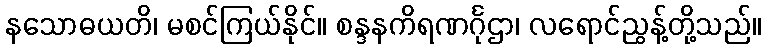
နသောဓယတိ၊ မစင်ကြယ်နိုင်။ စန္ဒနကိရဏင်္ဂုဌာ၊ လရောင်ညွန့်တို့သည်။